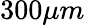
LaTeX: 300\mu m